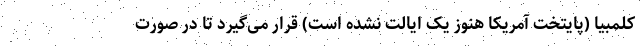
کلمبیا (پایتخت آمریکا هنوز یک ایالت نشده است) قرار می‌گیرد تا در صورت